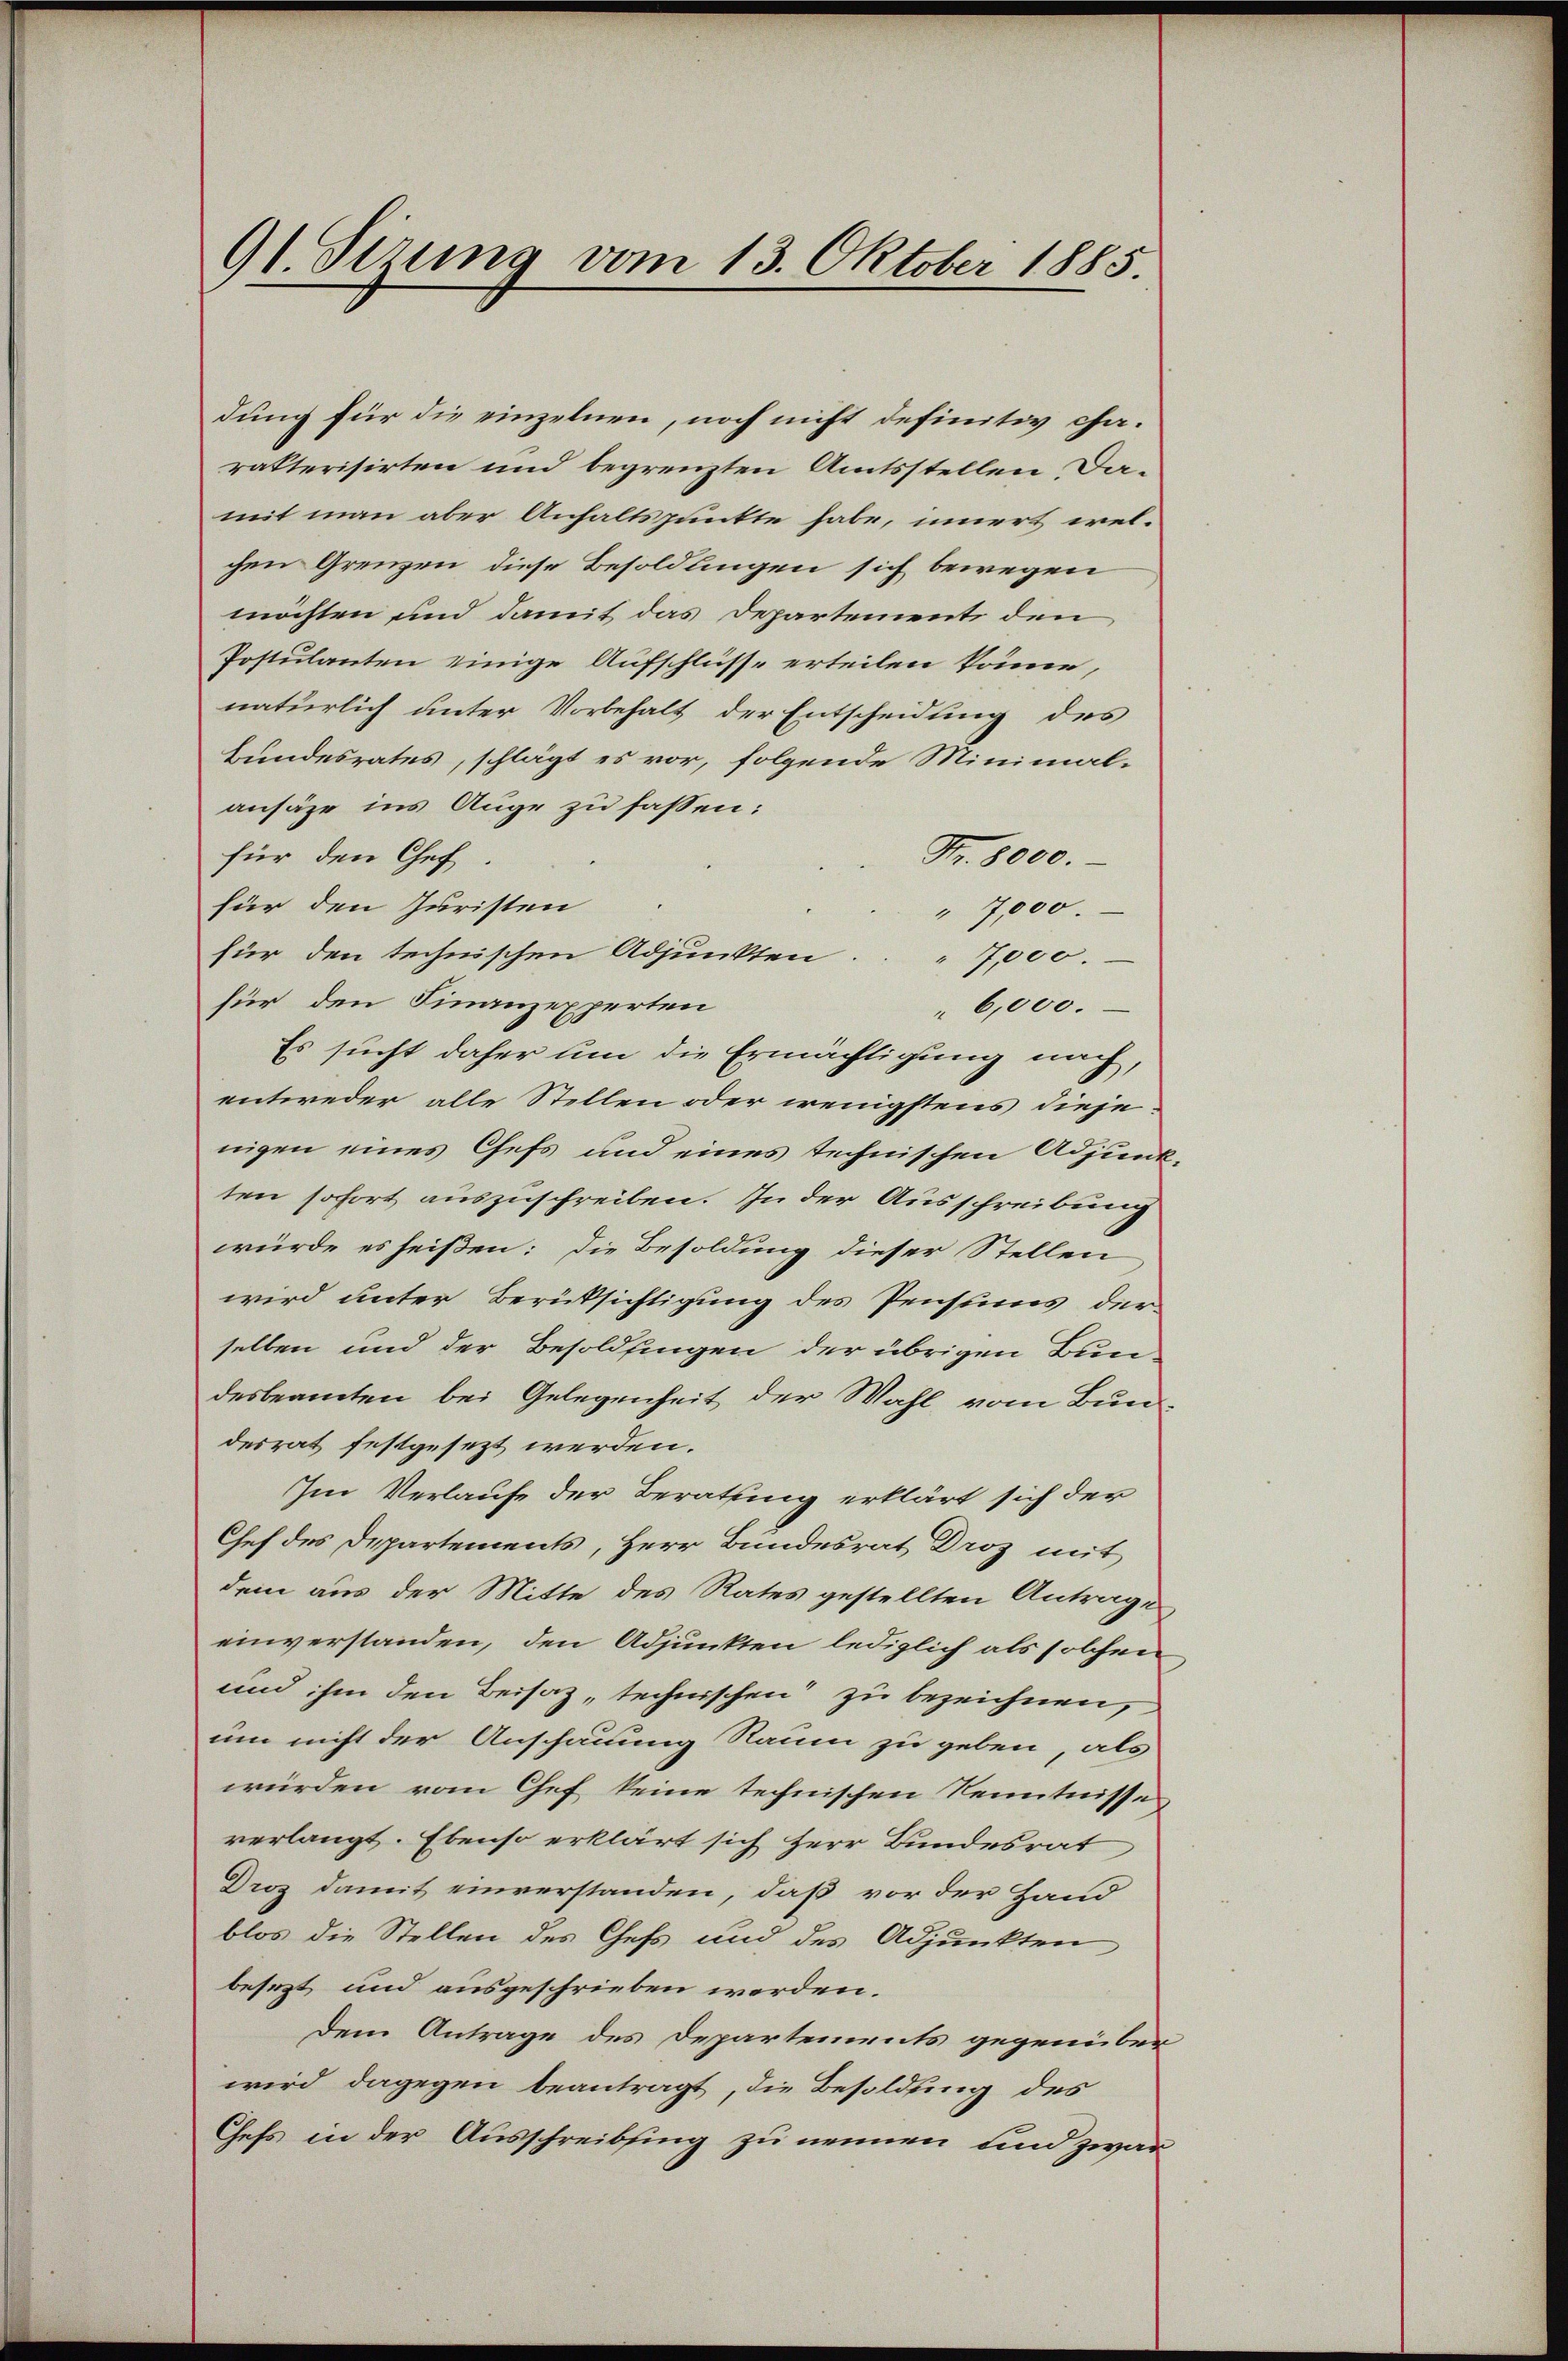
91. Sirung vom 13. Oktober 1885.

dung für die einzelnen, noch nicht definitiv charakterisirten und begrenzten Amtsstellen Damit man aber Anhaltspunkte habe, innert welchen Grenzen diese Besoldungen sich bewegen
möchten und damit das Departements den
Postulanten einige Aufschlüsse erteilen könne,
natürlich unter Vorbehalt der Entscheidung des
Bundesrates, schlägt es vor, folgende Minimal-
ansähe ins Auge zu fassen:
für den Chef
Fr. 8000.
für den Juristen
" 7,000.
für den technischen Adjunkten. " 7,000.
für den Finanzexperten
6,000.
Es sucht daher um die Ermächtigung nach,
entweder alle Stellen oder wenigstens dieje
nigen eines Chefs und eines technischen Adjunkten sofort auszuschreiben. In der Ausschreibung
würde es heißen: die Besoldung dieser Stellen
wird unter Berüksichtigung des Pensures der
selben und der Besoldfingen der übrigen Bun-
desbeamten bei Gelegenheit der Wahl vom Bundesrat festgesezt werden.
Im Verlaufe der Beratung erklärt sich der
Chef des Departements, Herr Bundesrat Droz mit
dem aus der Mitte des Rates gestellten Antrages
einverstanden, den Adjunkten lediglich als solchen
und ihm den Beisatz, technischen zu bezeichnen,
um nicht der Anschauung Raum zu geben, als
würden vom Chef keine technischen Kenntnisse
verlangt. Ebenso erklärt sich Herr Bundesrat
Droz damit einverstanden, daß vor der Hand
blos die Stellen des Chefs und des Adjunkten
besezt und ausgeschrieben worden.
dem Antrage des Departements gegenüber-
wird dagegen beantragt, die Besoldung des
Chefs in der Ausschreibsing zu nennen und zwar